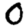
Digit: 0